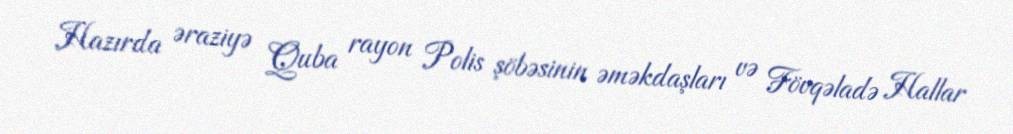
Hazırda əraziyə Quba rayon Polis şöbəsinin əməkdaşları və Fövqəladə Hallar